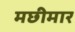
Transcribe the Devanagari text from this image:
मछीमार